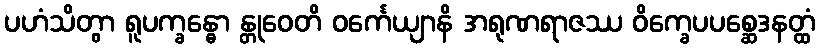
ပဟံသိတွာ ရူပက္ခန္ဓော န္တုဝေတိ ဝင်္ကေယျာနိ အရုဏရာဇဿ ဝိက္ခေပပစ္ဆေဒနတ္ထံ